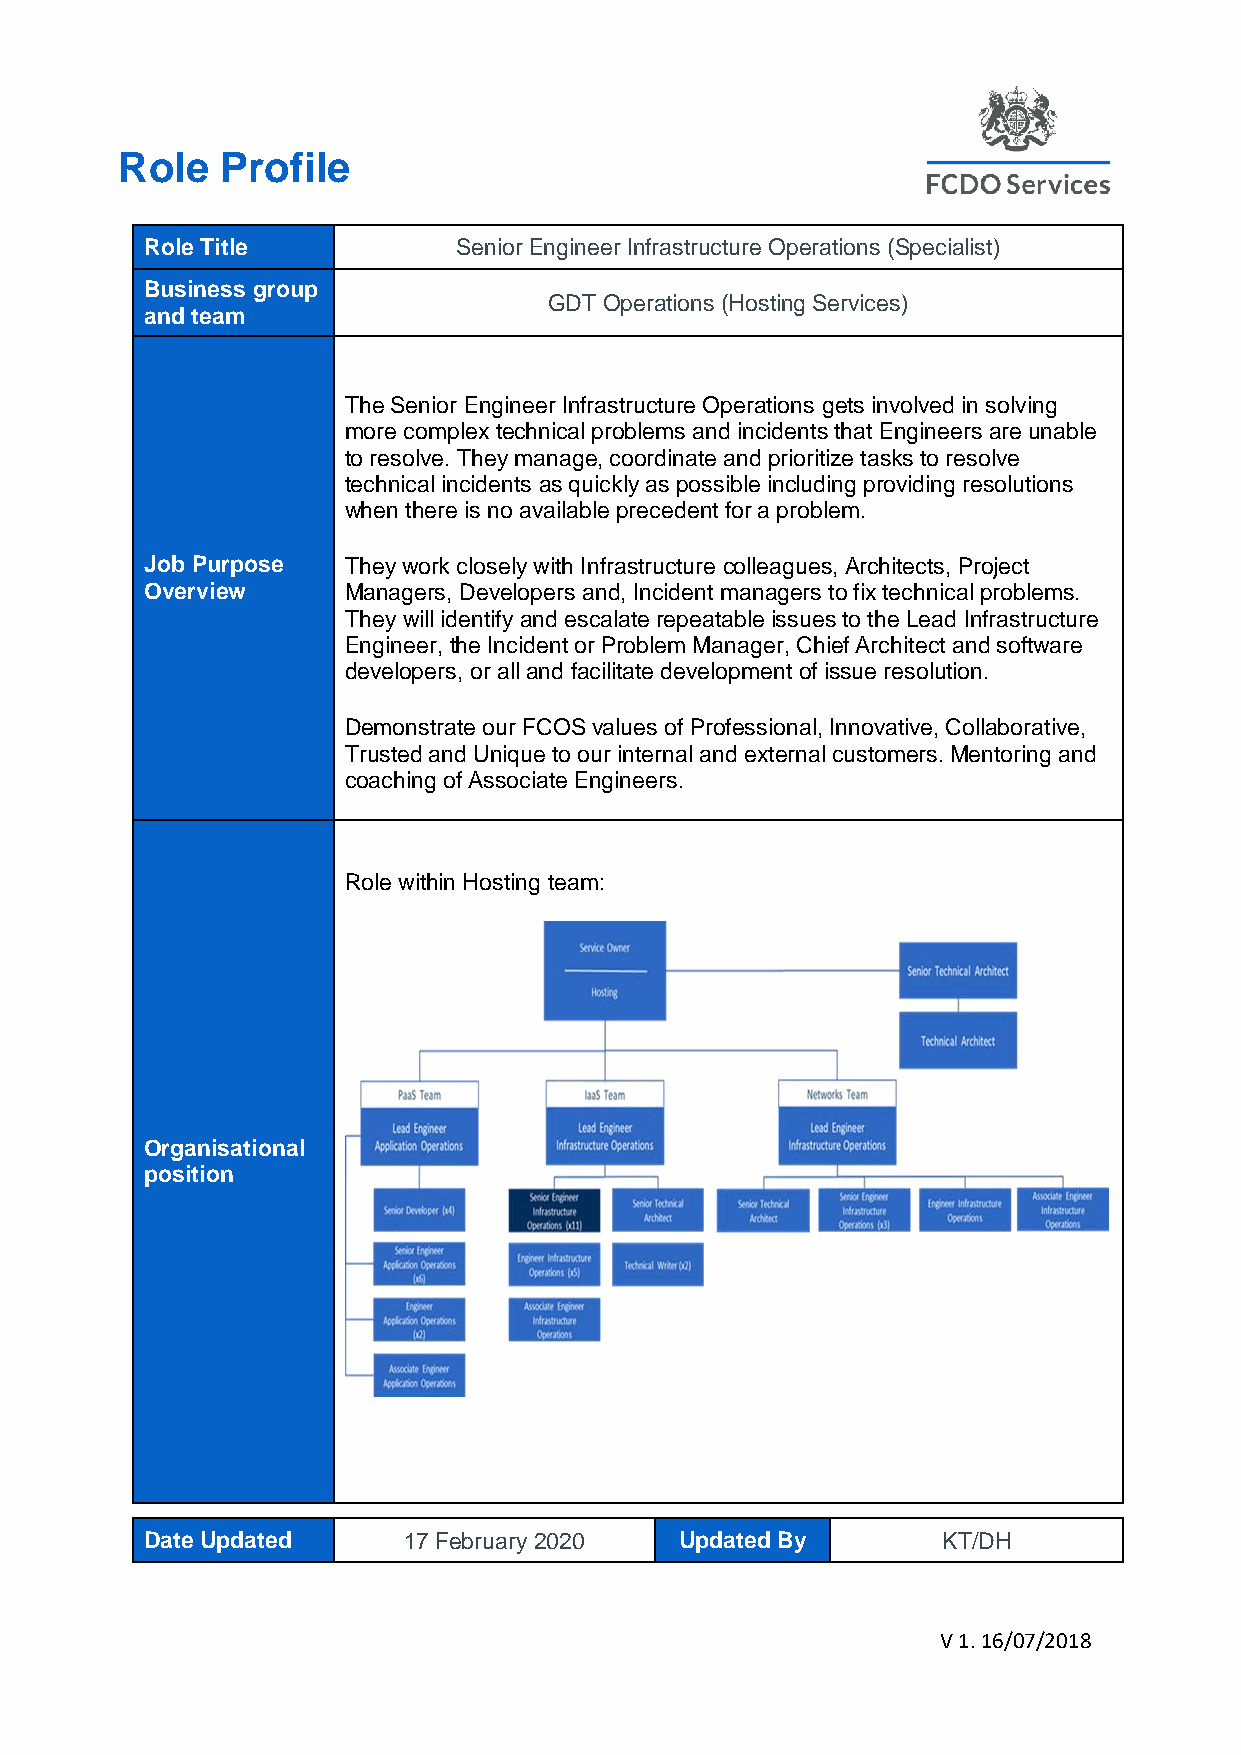
Role   Profile
 Role Title          Senior Engineer Infrastructure Operations (Specialist)
 Business group
 GDT Operations (Hosting Services)
 and team
 The Senior Engineer Infrastructure Operations gets involved in solving
 more complex technical problems and incidents that Engineers are unable
 to resolve. They manage, coordinate and prioritize tasks to resolve
 technical incidents as quickly as possible including providing resolutions
 when there is no available precedent for a problem.
 Job Purpose  They work closely with Infrastructure colleagues, Architects, Project
 Overview     Managers, Developers and, Incident managers to fix technical problems.
 They will identify and escalate repeatable issues to the Lead Infrastructure
 Engineer, the Incident or Problem Manager, Chief Architect and software
 developers, or all and facilitate development of issue resolution.
 Demonstrate our FCOS values of Professional, Innovative, Collaborative,
 Trusted and Unique to our internal and external customers. Mentoring and
 coaching of Associate Engineers.
 Role within Hosting team:
 Organisational
 position
 Date Updated     17 February 2020  Updated By       KT/DH
 V 1. 16/07/2018